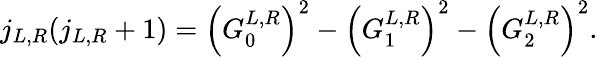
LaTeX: j_{L,R}(j_{L,R}+1)=\left(G_{0}^{L,R}\right)^{2}-\left(G_{1}^{L,R}\right)^{2}-\left(G_{2}^{L,R}\right)^{2}.